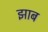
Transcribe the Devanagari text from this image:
झाब